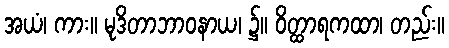
အယံ၊ ကား။ မုဒိတာဘာဝနာယ၊ ၌။ ဝိတ္ထာရကထာ၊ တည်း။